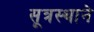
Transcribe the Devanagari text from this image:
सूत्रस्थाने